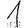
Digit: 1